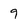
Character: 9